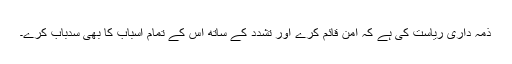
ذمہ داری ریاست کی ہے کہ امن قائم کرے اور تشدد کے ساتھ اس کے تمام اسباب کا بھی سدباب کرے۔